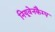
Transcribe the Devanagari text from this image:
नियूवेनकैम्प